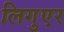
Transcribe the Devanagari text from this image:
लिगुएर